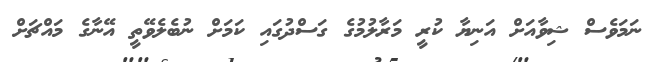
ނަމަވެސް ޝިވާއަށް އަނިޔާ ކުރީ މަރާލުމުގެ ގަސްދުގައި ކަމަށް ނުބެލެވޭތީ އޭނާގެ މައްޗަށް